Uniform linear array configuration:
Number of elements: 32
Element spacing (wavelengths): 0.75
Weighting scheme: hann
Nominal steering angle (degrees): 0
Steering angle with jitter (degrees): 1.833
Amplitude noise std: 0.05
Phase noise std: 0.05

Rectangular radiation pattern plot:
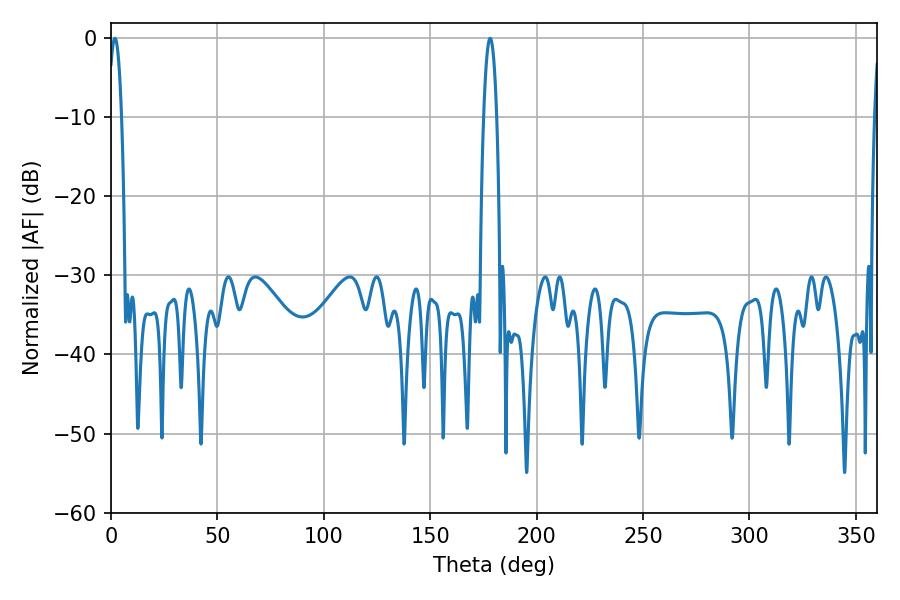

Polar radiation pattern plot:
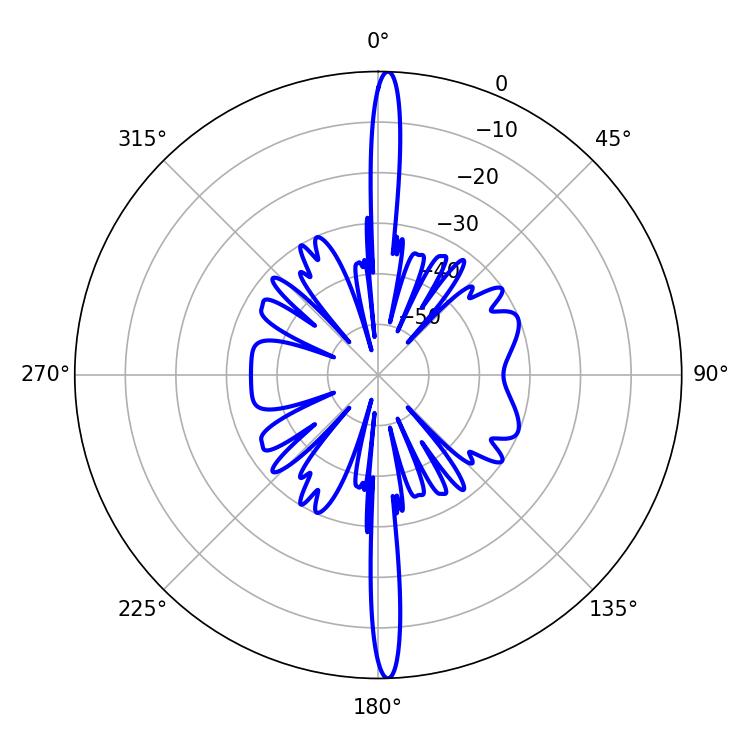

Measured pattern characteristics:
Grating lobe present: TRUE
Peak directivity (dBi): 26.496
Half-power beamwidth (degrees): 3.42
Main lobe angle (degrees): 178.2